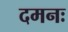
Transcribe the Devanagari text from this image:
दमनः